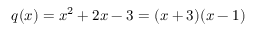
q ( x ) = x ^ { 2 } + 2 x - 3 = ( x + 3 ) ( x - 1 )